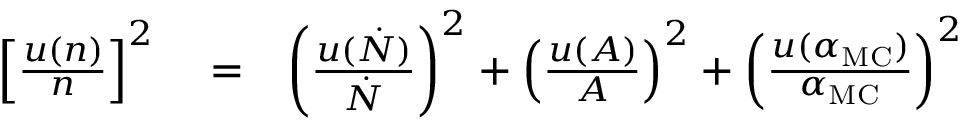
\begin{array} { r l r } { \left[ \frac { u \left( n \right) } { n } \right] ^ { 2 } } & { { } = } & { \left( \frac { u ( \dot { N } ) } { \dot { N } } \right) ^ { 2 } + \left( \frac { u ( A ) } { A } \right) ^ { 2 } + \left( \frac { u ( \alpha _ { \mathrm { M C } } ) } { \alpha _ { \mathrm { M C } } } \right) ^ { 2 } } \end{array}